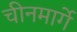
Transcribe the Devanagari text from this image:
चीनमार्गे